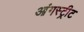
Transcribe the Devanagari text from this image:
आंगस्ट्रीट